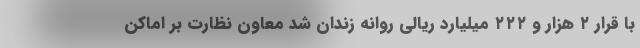
با قرار ۲ هزار و ۲۲۲ میلیارد ریالی روانه زندان شد معاون نظارت بر اماکن